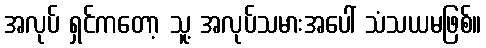
အလုပ် ရှင်ကတော့ သူ့ အလုပ်သမားအပေါ် သံသယမဖြစ်။